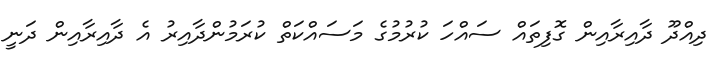
ދިއްދޫ ދާއިރާއިން ގޮފިތައް ސައްހަ ކުރުމުގެ މަސައްކަތް ކުރަމުންދާއިރު އެ ދާއިރާއިން ދަނީ